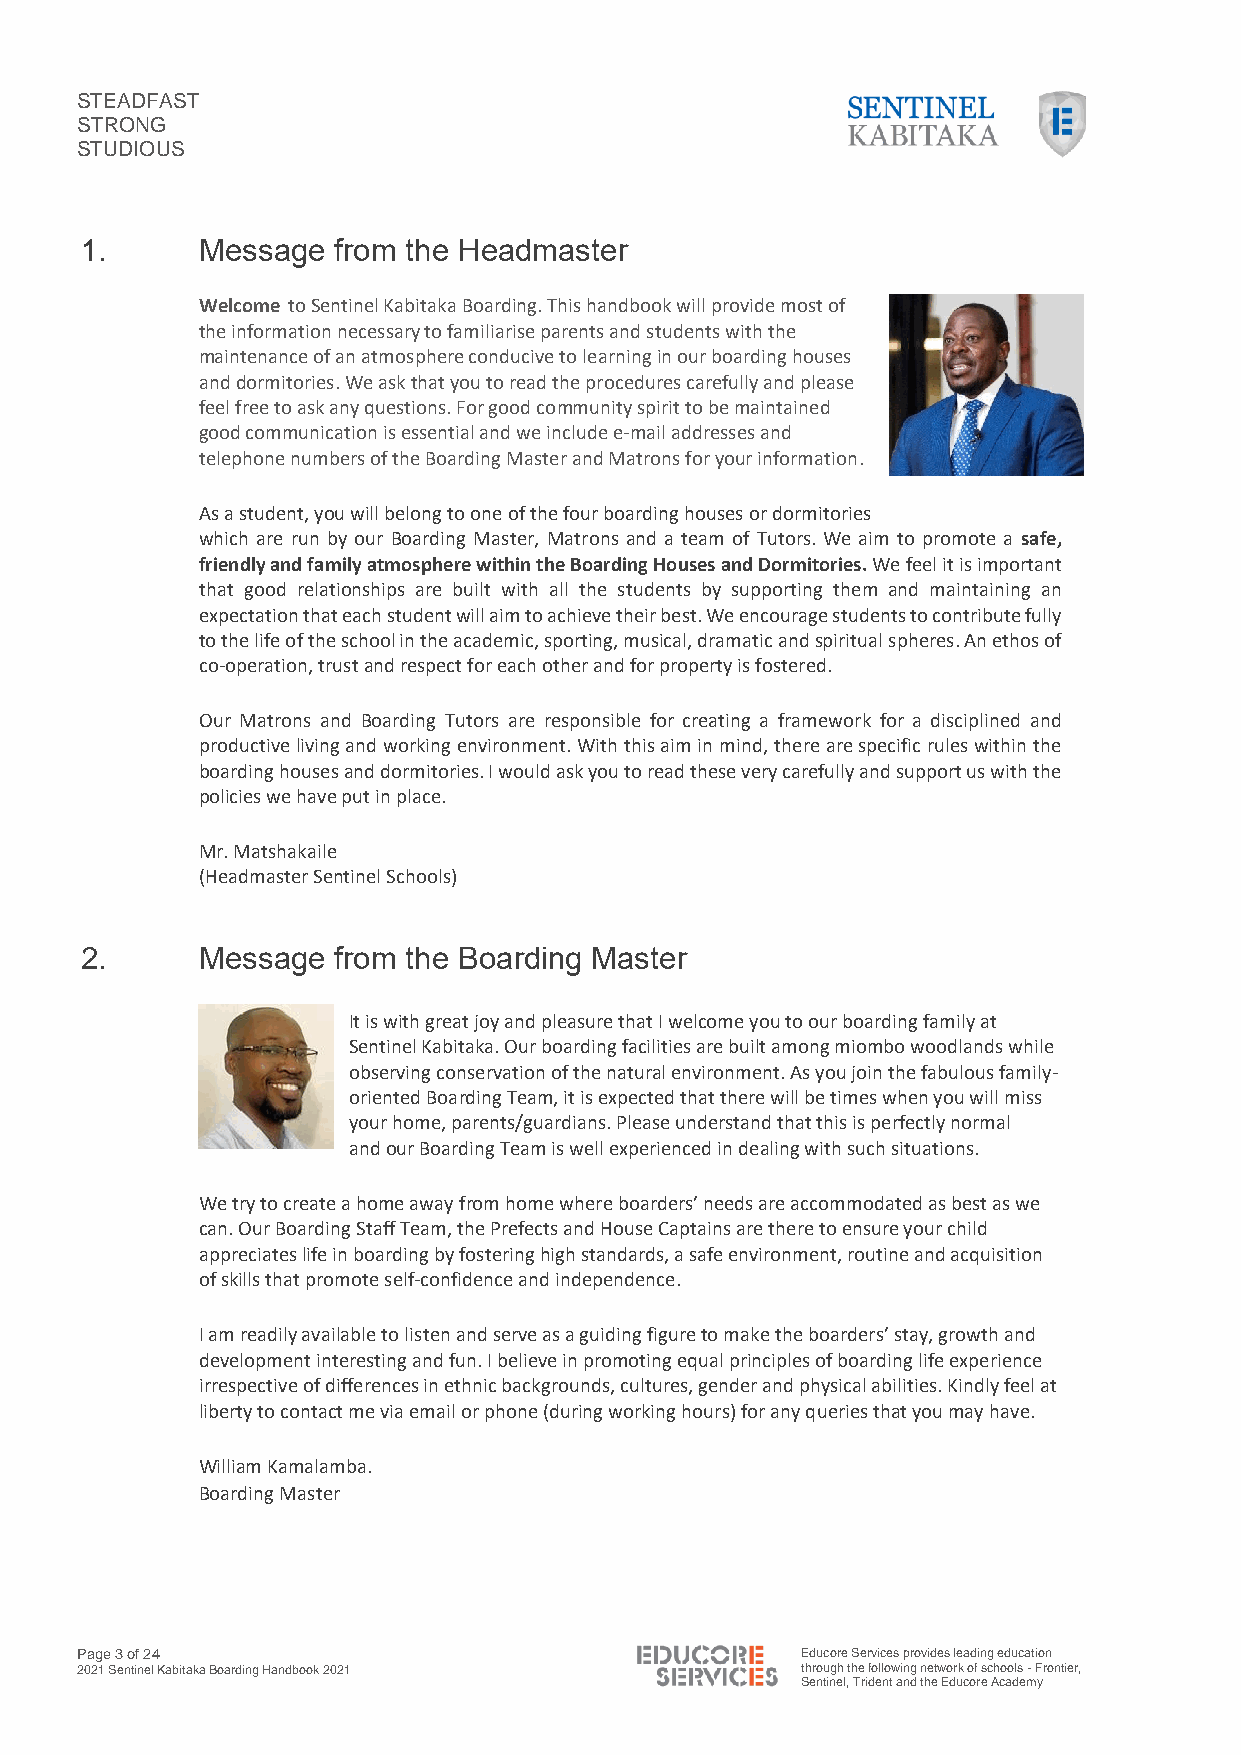
STEADFAST
 STRONG
 STUDIOUS
 1.      Message  from the Headmaster
 Welcome to Sentinel Kabitaka Boarding. This handbook will provide most of
 the information necessary to familiarise parents and students with the
 maintenance of an atmosphere conducive to learning in our boarding houses
 and dormitories. We ask that you to read the procedures carefully and please
 feel free to ask any questions. For good community spirit to be maintained
 good communication is essential and we include e-mail addresses and
 telephone numbers of the Boarding Master and Matrons for your information.
 As a student, you will belong to one of the four boarding houses or dormitories
 which are run by our Boarding Master, Matrons and a team of Tutors. We aim to promote a safe,
 friendly and family atmosphere within the Boarding Houses and Dormitories. We feel it is important
 that good relationships are built with all the students by supporting them and maintaining an
 expectation that each student will aim to achieve their best. We encourage students to contribute fully
 to the life of the school in the academic, sporting, musical, dramatic and spiritual spheres. An ethos of
 co-operation, trust and respect for each other and for property is fostered.
 Our Matrons and Boarding Tutors are responsible for creating a framework for a disciplined and
 productive living and working environment. With this aim in mind, there are specific rules within the
 boarding houses and dormitories. I would ask you to read these very carefully and support us with the
 policies we have put in place.
 Mr. Matshakaile
 (Headmaster Sentinel Schools)
 2.      Message  from the Boarding Master
 It is with great joy and pleasure that I welcome you to our boarding family at
 Sentinel Kabitaka. Our boarding facilities are built among miombo woodlands while
 observing conservation of the natural environment. As you join the fabulous family-
 oriented Boarding Team, it is expected that there will be times when you will miss
 your home, parents/guardians. Please understand that this is perfectly normal
 and our Boarding Team is well experienced in dealing with such situations.
 We try to create a home away from home where boarders’ needs are accommodated as best as we
 can. Our Boarding Staff Team, the Prefects and House Captains are there to ensure your child
 appreciates life in boarding by fostering high standards, a safe environment, routine and acquisition
 of skills that promote self-confidence and independence.
 I am readily available to listen and serve as a guiding figure to make the boarders’ stay, growth and
 development interesting and fun. I believe in promoting equal principles of boarding life experience
 irrespective of differences in ethnic backgrounds, cultures, gender and physical abilities. Kindly feel at
 liberty to contact me via email or phone (during working hours) for any queries that you may have.
 William Kamalamba.
 Boarding Master
 Page 3 of 24                                    Educore Services provides leading education
 2021 Sentinel Kabitaka Boarding Handbook 2021   through the following network of schools - Frontier,
 Sentinel, Trident and the Educore Academy